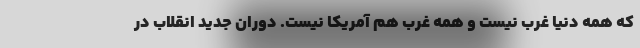
که همه دنیا غرب نیست و همه غرب هم آمریکا نیست. دوران جدید انقلاب در